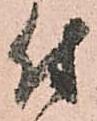
付